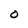
Character: O